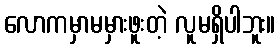
လောကမှာမမှားဖူးတဲ့ လူမရှိပါဘူး။